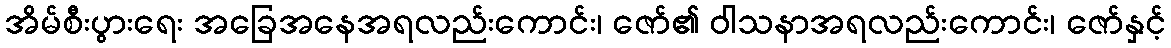
အိမ်စီးပွားရေး အခြေအနေအရလည်းကောင်း၊ ဇော်၏ ဝါသနာအရလည်းကောင်း၊ ဇော်နှင့်